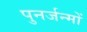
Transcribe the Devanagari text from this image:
पुनर्जन्मों